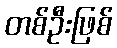
တစ်ဦးဖြစ်